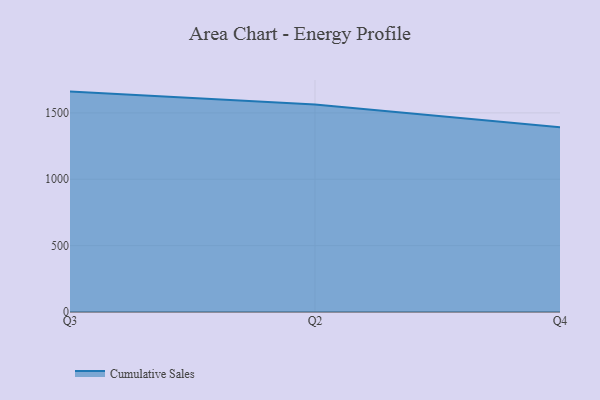
{"axis": {"x": "Quarter", "y": "LTV (USD)"}, "legend": ["Cumulative Sales"], "data": [{"x": "Q3", "y": 1660.4, "type": "Cumulative Sales"}, {"x": "Q2", "y": 1563.9, "type": "Cumulative Sales"}, {"x": "Q4", "y": 1391.5, "type": "Cumulative Sales"}]}